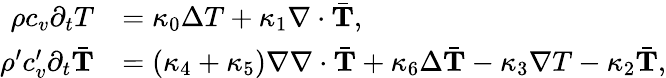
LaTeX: \begin{array}{rl}{\rho c_{v}\partial_{t}T}&{=\kappa_{0}\Delta T+\kappa_{1}\nabla\cdot\bar{\mathbf T},}\\ {\rho^{\prime}c_{v}^{\prime}\partial_{t}\bar{\mathbf T}}&{=(\kappa_{4}+\kappa_{5})\nabla\nabla\cdot\bar{\mathbf T}+\kappa_{6}\Delta\bar{\mathbf T}-\kappa_{3}\nabla T-\kappa_{2}\bar{\mathbf T},}\end{array}